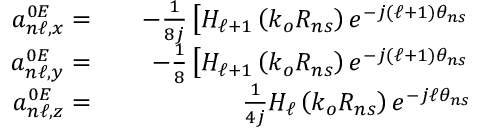
\begin{array} { r l r } { a _ { n \ell , x } ^ { 0 E } = } & { { } } & { - \frac { 1 } { 8 j } \left[ H _ { \ell + 1 } \left( k _ { o } R _ { n s } \right) e ^ { - j ( \ell + 1 ) \theta _ { n s } } \right. } \\ { a _ { n \ell , y } ^ { 0 E } = } & { { } } & { - \frac { 1 } { 8 } \left[ H _ { \ell + 1 } \left( k _ { o } R _ { n s } \right) e ^ { - j ( \ell + 1 ) \theta _ { n s } } \right. } \\ { a _ { n \ell , z } ^ { 0 E } = } & { { } } & { \frac { 1 } { 4 j } H _ { \ell } \left( k _ { o } R _ { n s } \right) e ^ { - j \ell \theta _ { n s } } } \end{array}